Lunatic asylums Madras 1892-1911 - 1892-1911
Year: 1892
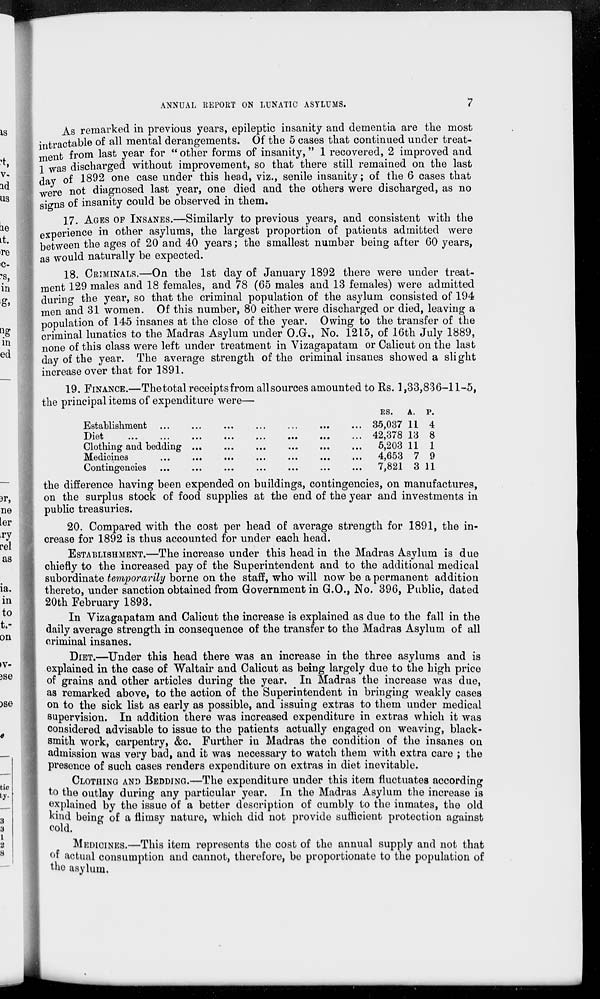
ANNUAL REPORT ON LUNATIC ASYLUMS.
7
As remarked in previous years, epileptic insanity and dementia are the most
intractable of all mental derangements. Of the 5 cases that continued under treat-
ment from last year for " other forms of insanity," 1 recovered, 2 improved and
1 was discharged without improvement, so that there still remained on the last
day of 1892 one case under this head, viz., senile insanity; of the 6 cases that
were not diagnosed last year, one died and the others were discharged, as no
signs of insanity could be observed in them.
17. AGES OF INSANES.—Similarly to previous years, and consistent with the
experience in other asylums, the largest proportion of patients admitted were
between the ages of 20 and 40 years; the smallest number being after 60 years,
as would naturally be expected.
18. CRIMINALS.—On the 1st day of January 1892 there were under treat-
ment 129 males and 18 females, and 78 (65 males and 13 females) were admitted
during the year, so that the criminal population of the asylum consisted of 194
men and 31 women. Of this number, 80 either were discharged or died, leaving a
population of 145 insanes at the close of the year. Owing to the transfer of the
criminal lunatics to the Madras Asylum under O.G., No. 1215, of 16th July 1889,
none of this class were left under treatment in Vizagapatam or Calicut on the last
day of the year. The average strength of the criminal insanes showed a slight
increase over that for 1891.
19. FINANCE.—The total receipts from all sources amounted to Rs. 1,33,836-11-5,
the principal items of expenditure were—
Establishment
...
...
...
...
...
...
Diet ... ... ... ... ... ...
Clothing and
bedding...
...
...
...
...
...
Medicines
...
...
...
...
...
...
Contingencies
...
...
...
...
...
...
RS.
35,037
42,378
5,203
4,653
7,821
A.
11
13
11
7
3
P.
4
8
1
9
11
the difference having been expended on buildings, contingencies, on manufactures,
on the surplus stock of food supplies at the end of the year and investments in
public treasuries.
20. Compared with the cost per head of average strength for 1891, the in-
crease for 1892 is thus accounted for under each head.
ESTABLISHMENT.—The increase under this head in the Madras Asylum is due
chiefly to the increased pay of the Superintendent and to the additional medical
subordinate temporarily borne on the staff, who will now be a permanent addition
thereto, under sanction obtained from Government in G.O., No. 396, Public, dated
20th February 1893.
In Vizagapatam and Calicut the increase is explained as due to the fall in the
daily average strength in consequence of the transfer to the Madras Asylum of all
criminal insanes.
DIET.—Under this head there was an increase in the three asylums and is
explained in the case of Waltair and Calicut as being largely due to the high price
of grains and other articles during the year. In Madras the increase was due,
as remarked above, to the action of the Superintendent in bringing weakly cases
on to the sick list as early as possible, and issuing extras to them under medical
supervision. In addition there was increased expenditure in extras which it was
considered advisable to issue to the patients actually engaged on weaving, black-
smith work, carpentry, &c. Further in Madras the condition of the insanes on
admission was very bad, and it was necessary to watch them with extra care ; the
presence of such cases renders expenditure on extras in diet inevitable.
CLOTHING AND BEDDING.—The expenditure under this item fluctuates according
to the outlay during any particular year. In the Madras Asylum the increase is
explained by the issue of a better description of cumbly to the inmates, the old
kind being of a flimsy nature, which did not provide sufficient protection against
cold.
MEDICINES.—This item represents the cost of the annual supply and not that
of actual consumption and cannot, therefore, be proportionate to the population of
the asylum.